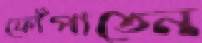
ফোঁপাতেন